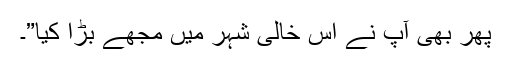
پھر بھی آپ نے اس خالی شہر میں مجھے بڑا کیا”۔